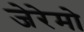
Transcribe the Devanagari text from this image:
जेरेमो